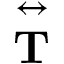
\overset \leftrightarrow { \mathbf { T } }